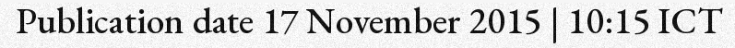
Publication date 17 November 2015 | 10:15 ICT